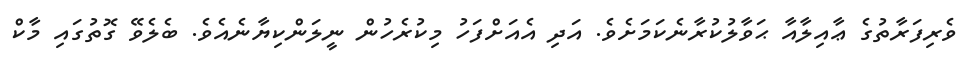
ވެރިފަރާތުގެ ޢާއިލާއާ ޙަވާލުކުރާނެކަމަށެވެ. އަދި އެއަށްފަހު މިކުރެހުން ނީލަންކިޔާނެއެވެ. ބެލެވޭ ގޮތުގައި މާކް